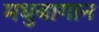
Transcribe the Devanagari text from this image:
मधुबागान